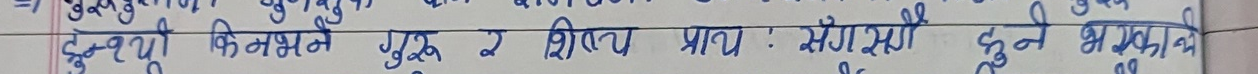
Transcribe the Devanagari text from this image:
दुष्प्रयुक्ती कि नभ में गुरु र शिष्य प्राय : संग संग हुने भन का थी